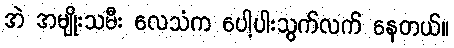
အဲ အမျိုးသမီး လေသံက ပေါ့ပါးသွက်လက် နေတယ်။